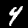
Label: 4